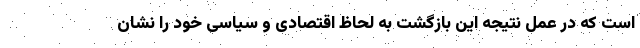
است که در عمل نتیجه این بازگشت به لحاظ اقتصادی و سیاسی خود را نشان